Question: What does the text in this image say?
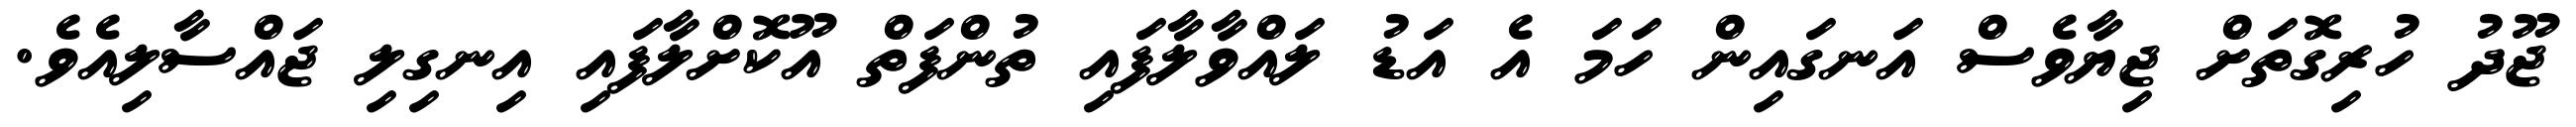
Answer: ޖޫދު ހުރިގޮތަށް ޖިޔާވެސް އަނގައިން ހަމަ އެ އަޑު ލައްވާލާފައި ތުންފަތް އޫކޮށްލާފައި އިނގިލި ޖައްސާލިއެވެ.